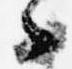
々